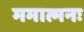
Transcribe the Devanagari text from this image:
ममात्मनः